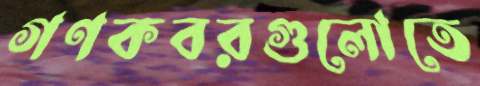
গণকবরগুলোতে